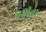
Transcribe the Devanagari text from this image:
षष्ठीचा